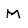
Character: M